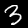
Label: 3